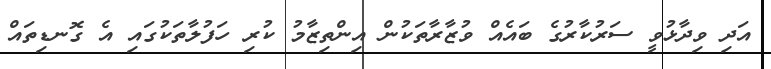
އަދި ވިދާޅުވީ ސަރުކާރުގެ ބައެއް ވުޒާރާތަކުން އިންތިޒާމު ކުރި ހަފުލާތަކުގައި އެ ގޮނޑިތައް